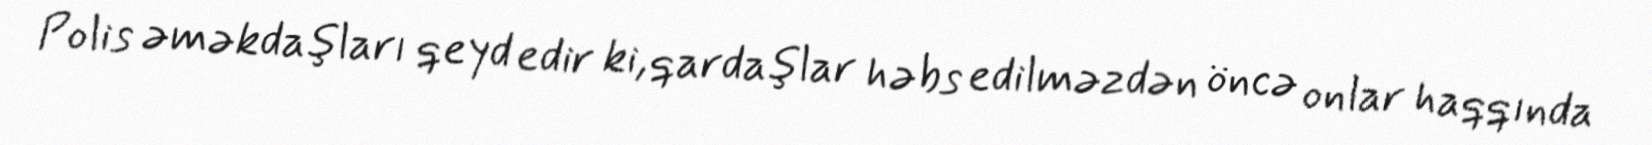
Polis əməkdaşları qeyd edir ki, qardaşlar həbs edilməzdən öncə onlar haqqında